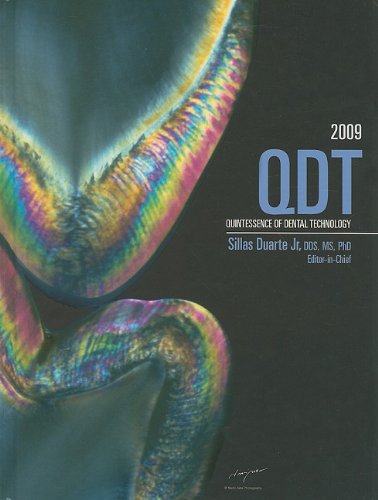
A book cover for Quintessence of Dental Technology 2009 (Qdt Quintessence of Dental Technology) (Qdt (Quintessence Dental Technology)); Sillas Duarte; Medical Books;